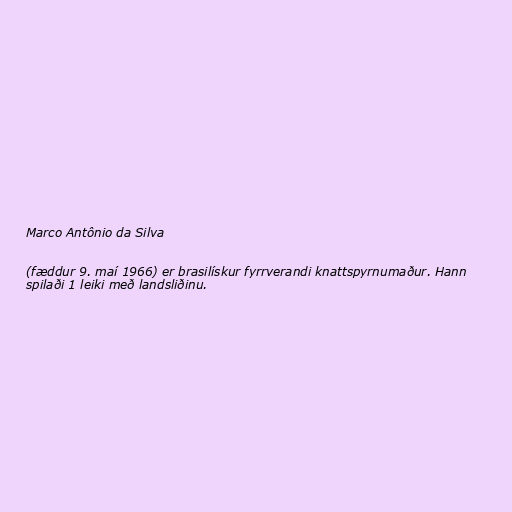
Marco Antônio da Silva

(fæddur 9. maí 1966) er brasilískur fyrrverandi knattspyrnumaður. Hann
spilaði 1 leiki með landsliðinu.